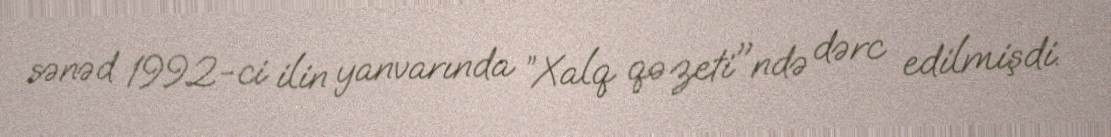
sənəd 1992-ci ilin yanvarında ”Xalq qəzeti"ndə dərc edilmişdi.